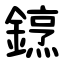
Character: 䥋